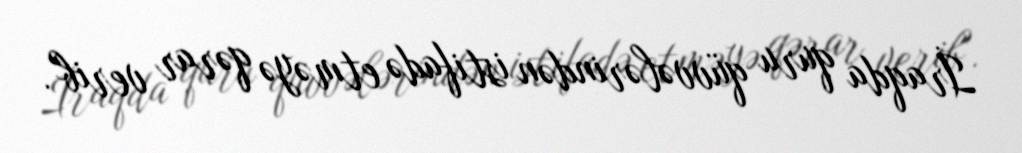
İraqda quru qüvvələrindən istifadə etməyə qərar verib".